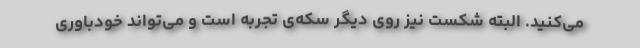
می‌کنید. البته شکست نیز روی دیگر سکه‌ی تجربه است و می‌تواند خودباوری